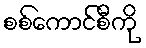
စစ်ကောင်စီကို